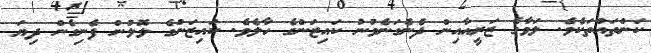
ކަންތައްތަކެވެ. ލަވާގެ ޒަރީއާއިން ދެނެގަނެވުނު ކައިޒަންގެ ހާލެވެ. ކައިޒަންގެ ލޮލުން ފެނިގެން ދިޔަ